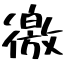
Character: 徼